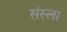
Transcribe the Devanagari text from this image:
संस्ला